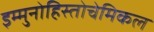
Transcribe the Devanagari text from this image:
इम्मुनोहिस्तोचेमिकल